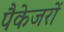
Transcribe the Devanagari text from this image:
पैकेजरों